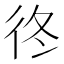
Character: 𢓘